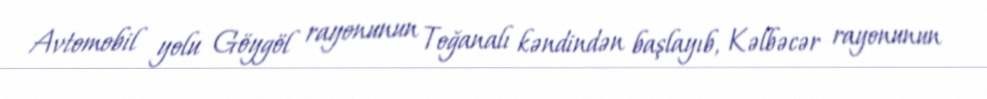
Avtomobil yolu Göygöl rayonunun Toğanalı kəndindən başlayıb, Kəlbəcər rayonunun